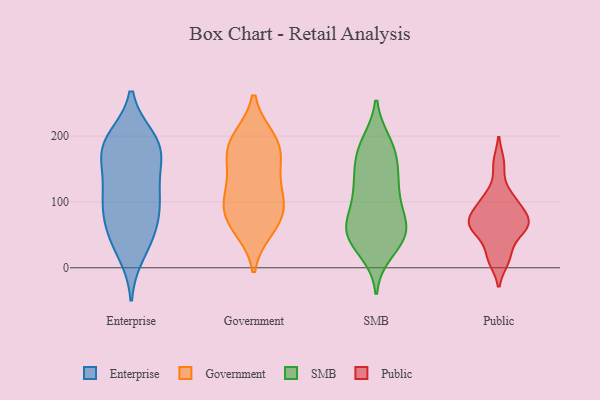
{"axis": {"x": "Conversion Rate (%)", "y": "Value"}, "legend": ["Enterprise", "Government", "Public", "SMB"], "data": [{"x": "", "y": 117, "type": "Enterprise"}, {"x": "", "y": 46, "type": "Enterprise"}, {"x": "", "y": 104, "type": "Enterprise"}, {"x": "", "y": 195, "type": "Enterprise"}, {"x": "", "y": 100, "type": "Enterprise"}, {"x": "", "y": 67, "type": "Enterprise"}, {"x": "", "y": 132, "type": "Enterprise"}, {"x": "", "y": 23, "type": "Enterprise"}, {"x": "", "y": 190, "type": "Enterprise"}, {"x": "", "y": 87, "type": "Enterprise"}, {"x": "", "y": 49, "type": "Enterprise"}, {"x": "", "y": 166, "type": "Enterprise"}, {"x": "", "y": 172, "type": "Enterprise"}, {"x": "", "y": 187, "type": "Enterprise"}, {"x": "", "y": 184, "type": "Enterprise"}, {"x": "", "y": 95, "type": "Government"}, {"x": "", "y": 60, "type": "Government"}, {"x": "", "y": 79, "type": "Government"}, {"x": "", "y": 108, "type": "Government"}, {"x": "", "y": 186, "type": "Government"}, {"x": "", "y": 115, "type": "Government"}, {"x": "", "y": 149, "type": "Government"}, {"x": "", "y": 195, "type": "Government"}, {"x": "", "y": 190, "type": "Government"}, {"x": "", "y": 166, "type": "Government"}, {"x": "", "y": 69, "type": "Government"}, {"x": "", "y": 53, "type": "SMB"}, {"x": "", "y": 134, "type": "SMB"}, {"x": "", "y": 157, "type": "SMB"}, {"x": "", "y": 40, "type": "SMB"}, {"x": "", "y": 189, "type": "SMB"}, {"x": "", "y": 54, "type": "SMB"}, {"x": "", "y": 45, "type": "SMB"}, {"x": "", "y": 76, "type": "SMB"}, {"x": "", "y": 66, "type": "SMB"}, {"x": "", "y": 114, "type": "SMB"}, {"x": "", "y": 175, "type": "SMB"}, {"x": "", "y": 25, "type": "SMB"}, {"x": "", "y": 189, "type": "SMB"}, {"x": "", "y": 51, "type": "SMB"}, {"x": "", "y": 130, "type": "SMB"}, {"x": "", "y": 60, "type": "SMB"}, {"x": "", "y": 93, "type": "SMB"}, {"x": "", "y": 117, "type": "SMB"}, {"x": "", "y": 170, "type": "SMB"}, {"x": "", "y": 20, "type": "Public"}, {"x": "", "y": 63, "type": "Public"}, {"x": "", "y": 12, "type": "Public"}, {"x": "", "y": 103, "type": "Public"}, {"x": "", "y": 158, "type": "Public"}, {"x": "", "y": 86, "type": "Public"}, {"x": "", "y": 69, "type": "Public"}, {"x": "", "y": 64, "type": "Public"}, {"x": "", "y": 107, "type": "Public"}, {"x": "", "y": 55, "type": "Public"}, {"x": "", "y": 71, "type": "Public"}]}